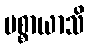
ပစ္စာယာသိ